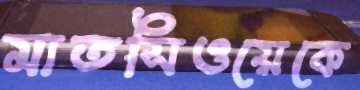
মাতসিওয়েকে